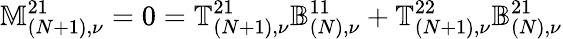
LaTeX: \mathbb{M}_{(N+1),\nu}^{21}=0=\mathbb{T}_{(N+1),\nu}^{21}\mathbb{B}_{(N),\nu}^{11}+\mathbb{T}_{(N+1),\nu}^{22}\mathbb{B}_{(N),\nu}^{21}